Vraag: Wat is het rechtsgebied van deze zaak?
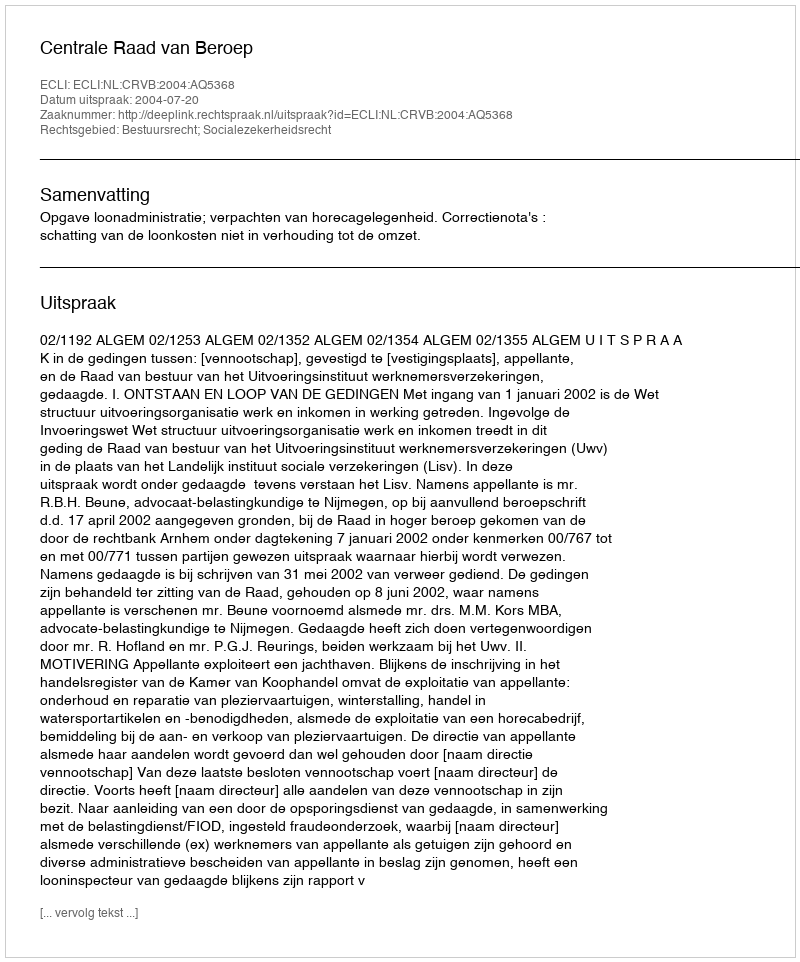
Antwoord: Bestuursrecht; Socialezekerheidsrecht